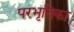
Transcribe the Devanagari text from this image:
परभृतिका